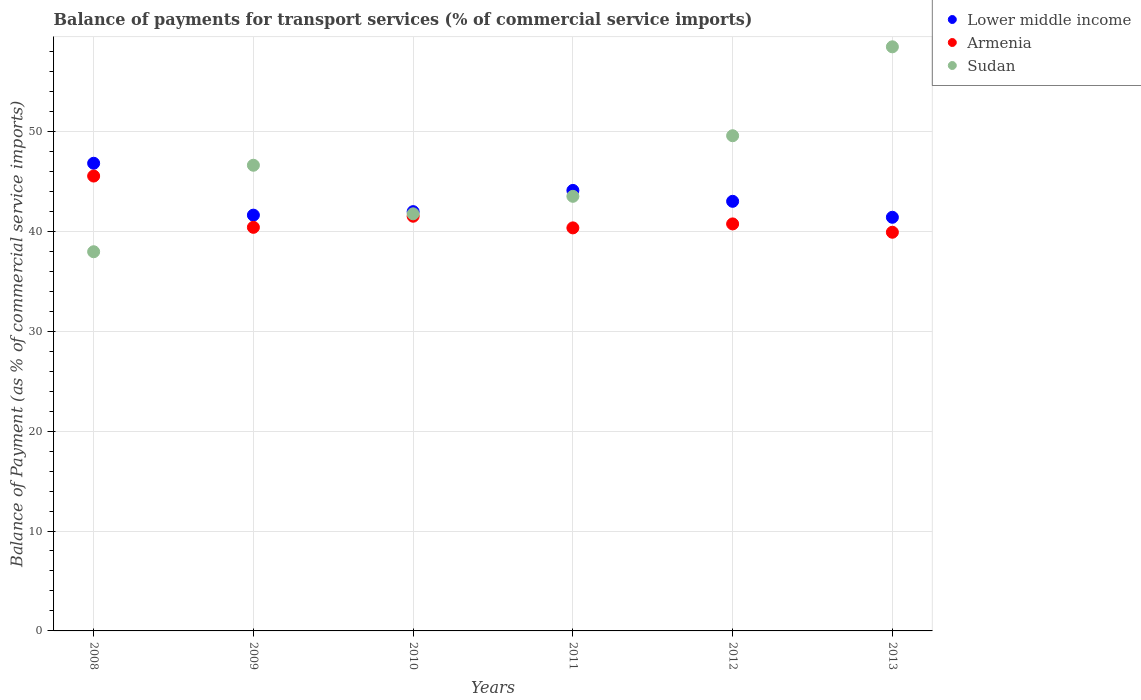
| Years | Lower middle income | Armenia | Sudan |
 | --- | --- | --- | --- |
 | 2008 | 46.8 | 45.5 | 37.9 |
 | 2009 | 41.6 | 40.4 | 46.6 |
 | 2010 | 42 | 41.5 | 41.7 |
 | 2011 | 44.1 | 40.3 | 43.5 |
 | 2012 | 43 | 40.7 | 49.6 |
 | 2013 | 41.4 | 39.9 | 58.5 |